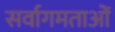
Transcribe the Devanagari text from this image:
सर्वागमताओं